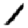
Digit: 1